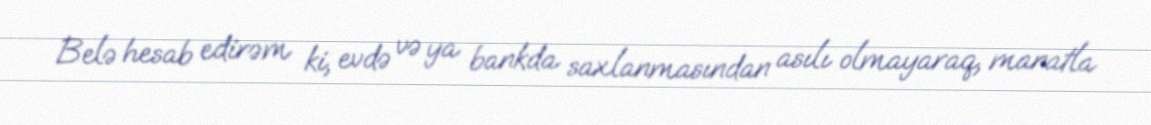
Belə hesab edirəm ki, evdə və ya bankda saxlanmasından asılı olmayaraq, manatla